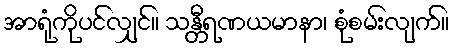
အာရုံကိုပင်လျှင်။ သန္တီရဏယမာနာ၊ စုံစမ်းလျက်။